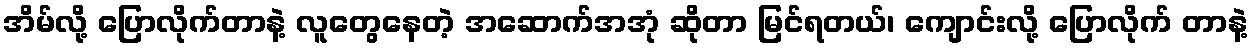
အိမ်လို့ ပြောလိုက်တာနဲ့ လူတွေနေတဲ့ အဆောက်အအုံ ဆိုတာ မြင်ရတယ်၊ ကျောင်းလို့ ပြောလိုက် တာနဲ့